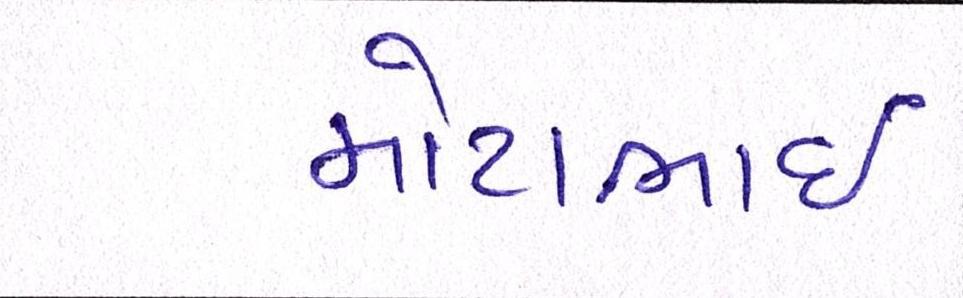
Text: મોટાભાઈ